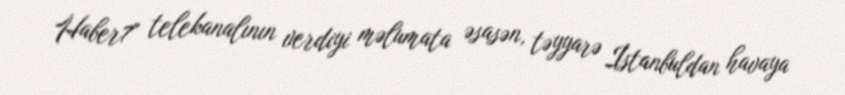
Haber7" telekanalının verdiyi məlumata əsasən, təyyarə İstanbuldan havaya